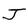
Character: J